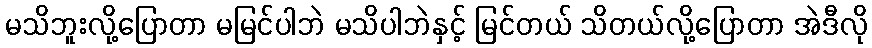
မသိဘူးလို့ပြောတာ မမြင်ပါဘဲ မသိပါဘဲနှင့် မြင်တယ် သိတယ်လို့ပြောတာ အဲဒီလို